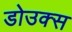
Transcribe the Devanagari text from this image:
डोउक्स